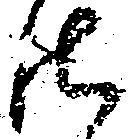
御